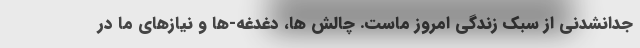
جدانشدنی از سبک زندگی امروز ماست. چالش ها، دغدغه-ها و نیازهای ما در